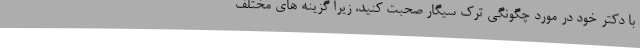
با دکتر خود در مورد چگونگی ترک سیگار صحبت کنید، زیرا گزینه های مختلف